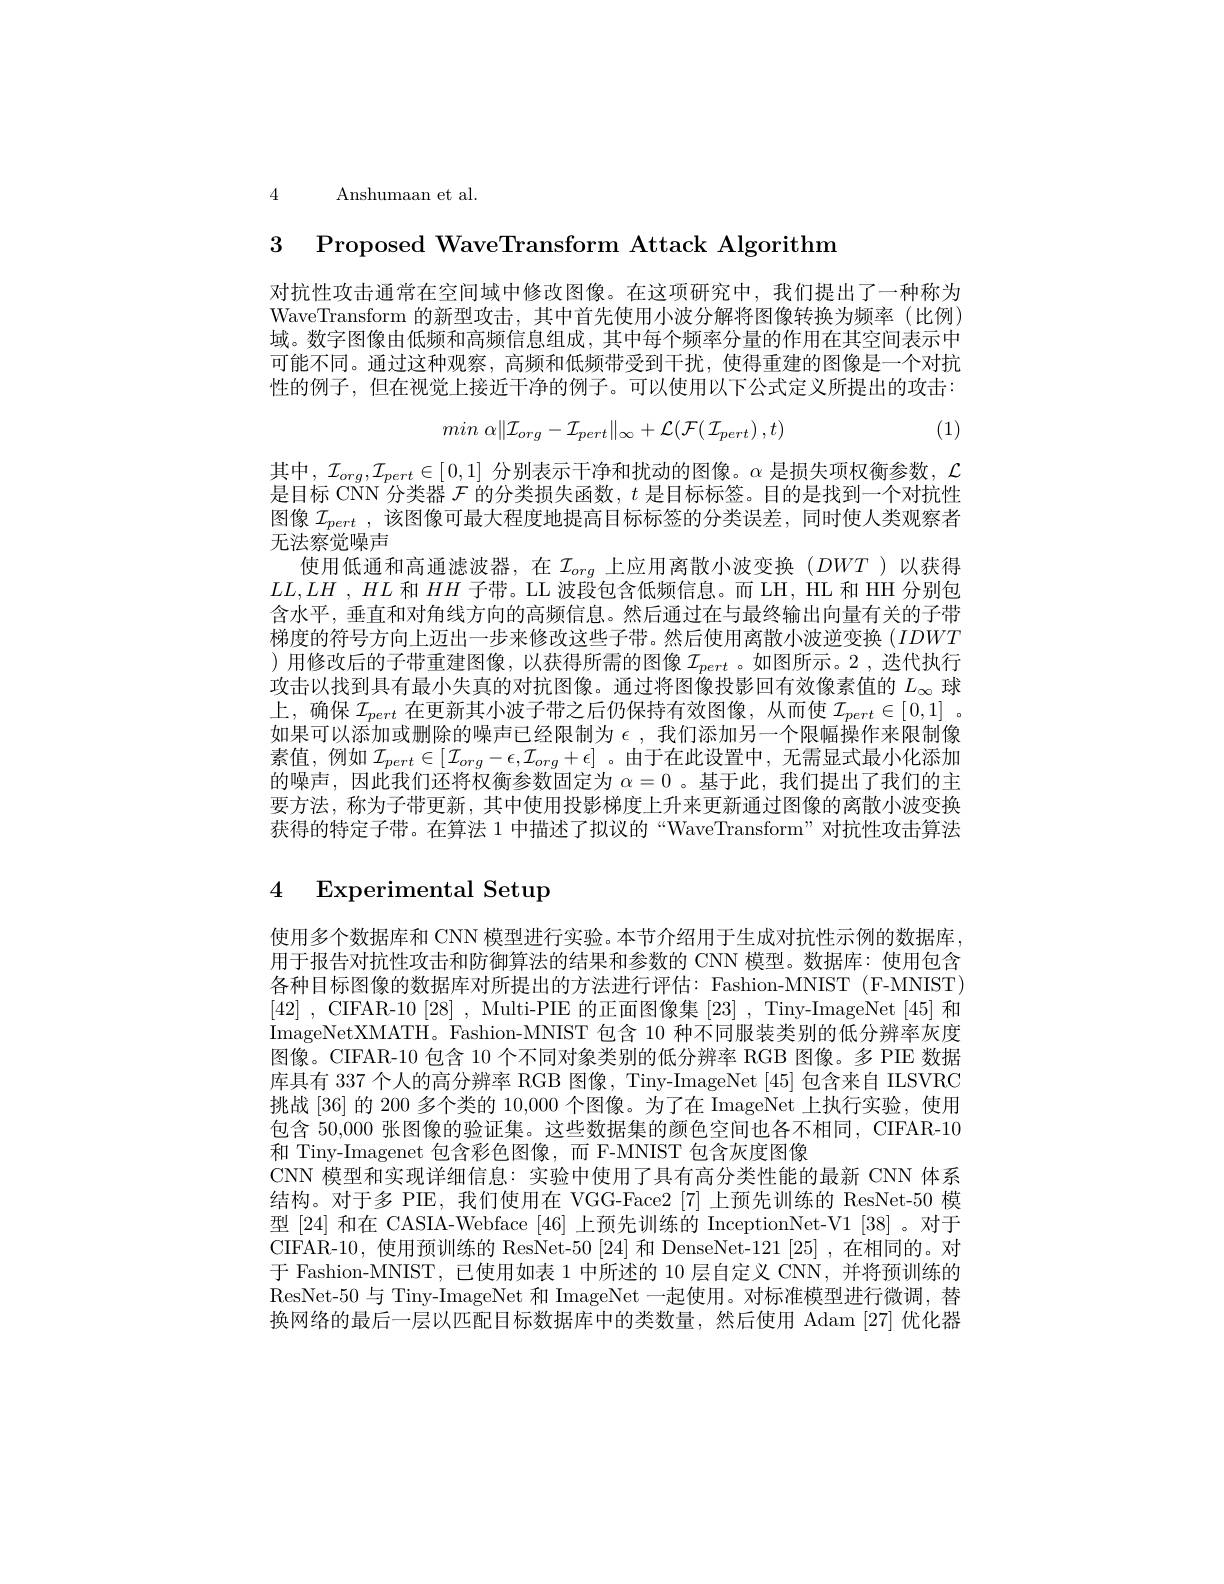
4 Anshumaan et al.

3 Proposed WaveTransform Attack Algorithm

对抗性攻击通常在空间域中修改图像。在这项研究中，我们提出了一种称为WaveTransform 的新型攻击，其中首先使用小波分解将图像转换为频率(比例) 域。数字图像由低频和高频信息组成，其中每个频率分量的作用在其空间表示中可能不同。通过这种观察，高频和低频带受到干扰，使得重建的图像是一个对抗性的例子，但在视觉上接近干净的例子。可以使用以下公式定义所提出的攻击：
$$min\:\alpha\|\mathcal{I}_{org}-\mathcal{I}_{pert}\|_{\infty}+\mathcal{L}(\mathcal{F}(\mathcal{I}_{pert})\:,t)$$
(1)

其中，$\mathcal{I}_org,\mathcal{I}_{pert}\in[0,1]$分别表示干净和扰动的图像。$\alpha$是损失项权衡参数，$\mathcal{L}$ 是目标 CNN 分类器$\mathcal{F}$的分类损失函数，$t$是目标标签。目的是找到一个对抗性图像$\mathcal{I}_{pert}$ ,该图像可最大程度地提高目标标签的分类误差，同时使人类观察者无法察觉噪声
使用低通和高通滤波器，在$\mathcal{I}_{org}$上应用离散小波变换($DWT$)以获得$LL, LH$ , $HL$ 和 $HH$ 子带。LL 波段包含低频信息。而 LH, HL 和 HH 分别包含水平，垂直和对角线方向的高频信息。然后通过在与最终输出向量有关的子带梯度的符号方向上迈出一步来修改这些子带。然后使用离散小波逆变换$(IDWT$ )用修改后的子带重建图像，以获得所需的图像$\mathcal{I}_{pert}$。如图所示。2,迭代执行攻击以找到具有最小失真的对抗图像。通过将图像投影回有效像素值的$L_{\infty}$球上，确保$\mathcal{I}_{pert}$在更新其小波子带之后仍保持有效图像，从而使$\mathcal{I}_pert\in[0,1]$。如果可以添加或删除的噪声已经限制为$\epsilon$,我们添加另一个限幅操作来限制像素值，例如$\mathcal{I}_{pert}\in[\mathcal{I}_{org}-\epsilon,\mathcal{I}_{org}+\epsilon]$ 。由于在此设置中，无需显式最小化添加的噪声，因此我们还将权衡参数固定为$\alpha=0$ 。基于此，我们提出了我们的主要方法，称为子带更新，其中使用投影梯度上升来更新通过图像的离散小波变换获得的特定子带。在算法 1 中描述了拟议的“WaveTransform”对抗性攻击算法

# 4 Experimental Setup

使用多个数据库和 CNN 模型进行实验。本节介绍用于生成对抗性示例的数据库， 用于报告对抗性攻击和防御算法的结果和参数的 CNN 模型。数据库：使用包含各种目标图像的数据库对所提出的方法进行评估：Fashion-MNIST (F-MNIST) [42] , CIFAR- 10 [ 28] , Multi- PIE 的 正 面 图 像 集 [ 23] , Tiny- ImageNet [ 45] 和 ImageNetXMATH。Fashion-MNIST 包含 10 种不同服装类别的低分辨率灰度图像。CIFAR-10 包含 10 个不同对象类别的低分辨率 RGB 图像。多 PIE 数据库具有 337 个人的高分辨率 RGB 图像，Tiny-ImageNet [45] 包含来自 ILSVRC 挑战 [36] 的 200 多个类的 10,000 个图像。为了在 ImageNet 上执行实验，使用包含 50,000 张图像的验证集。这些数据集的颜色空间也各不相同，CIFAR-10和 Tiny-Imagenet 包含彩色图像，而 F-MNIST 包含灰度图像
CNN 模型和实现详细信息：实验中使用了具有高分类性能的最新 CNN 体系结构。对于多 PIE, 我们使用在 VGG-Face2 [7] 上预先训练的 ResNet-50 模型[24] 和在 CASIA-Webface [46] 上预先训练的 InceptionNet-V1 [38] 。对于CIFAR-10,使用预训练的 ResNet-50 [24] 和 DenseNet-121 [25] ,在相同的。对于 Fashion-MNIST,已使用如表 1 中所述的 10 层自定义 CNN, 并将预训练的ResNet-50 与 Tiny-ImageNet 和 ImageNet 一起使用。对标准模型进行微调，替换网络的最后一层以匹配目标数据库中的类数量，然后使用 Adam [27] 优化器